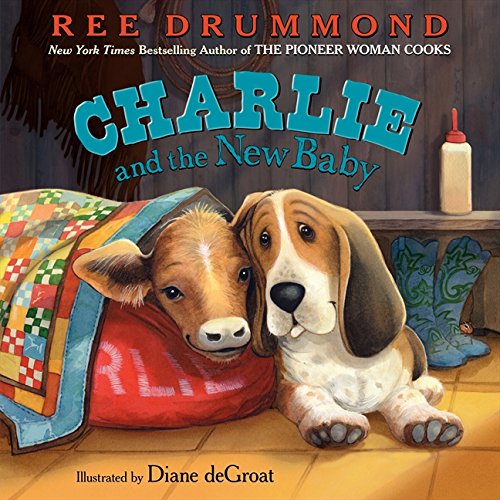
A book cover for Charlie and the New Baby (Charlie the Ranch Dog); Ree Drummond; Children's Books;